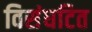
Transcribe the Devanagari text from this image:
विसंघटित